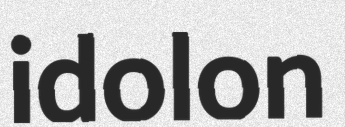
idolon